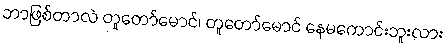
ဘာဖြစ်တာလဲ တူတော်မောင်၊ တူတော်မောင် နေမကောင်းဘူးလား